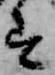
す